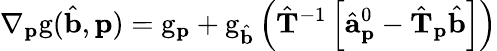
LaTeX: \nabla_{\mathbf{p}}\mathrm{g}(\hat{\mathbf{b}},\mathbf{p})=\mathrm{g}_{\mathbf{p}}+\mathrm{g}_{\hat{\mathbf{b}}}\left(\hat{\mathbf{T}}^{-1}\left[\hat{\mathbf{a}}_{\mathbf{p}}^{0}-\hat{\mathbf{T}}_{\mathbf{p}}\hat{\mathbf{b}}\right]\right)